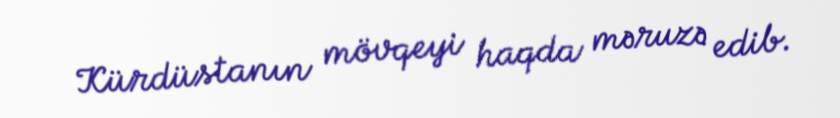
Kürdüstanın mövqeyi haqda məruzə edib.